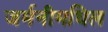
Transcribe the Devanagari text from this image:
जर्मनीमधिल